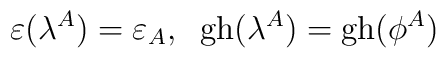
\varepsilon(\lambda^A)=\varepsilon_A,\;\;{\rm gh}(\lambda^A)= {\rm gh}(\phi^A)